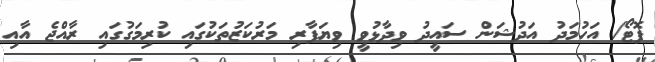
ފޮޓޯ/ އަހުމަދު އަދުޝަން ސައީދު ވިދާޅުވީ ވިޔަފާރި މަރުކަޒުތަކުގައި ކުރިމަގުގައި ރާއްޖެ އާއި